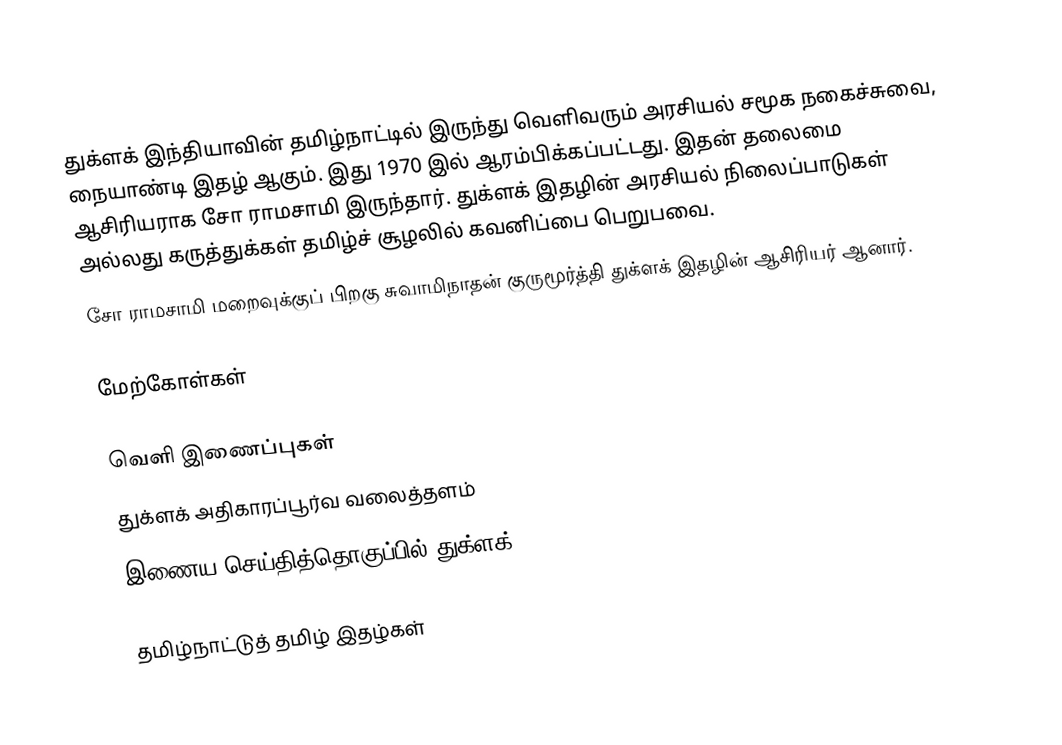
துக்ளக் இந்தியாவின் தமிழ்நாட்டில் இருந்து வெளிவரும் அரசியல் சமூக நகைச்சுவை, நையாண்டி இதழ் ஆகும். இது 1970 இல் ஆரம்பிக்கப்பட்டது. இதன் தலைமை ஆசிரியராக சோ ராமசாமி இருந்தார்.  துக்ளக் இதழின் அரசியல் நிலைப்பாடுகள் அல்லது கருத்துக்கள் தமிழ்ச் சூழலில் கவனிப்பை பெறுபவை.
சோ ராமசாமி மறைவுக்குப் பிறகு சுவாமிநாதன் குருமூர்த்தி துக்ளக் இதழின் ஆசிரியர் ஆனார்.

மேற்கோள்கள்

வெளி இணைப்புகள்
 துக்ளக்  அதிகாரப்பூர்வ வலைத்தளம்
 இணைய செய்தித்தொகுப்பில் துக்ளக்

தமிழ்நாட்டுத் தமிழ் இதழ்கள்